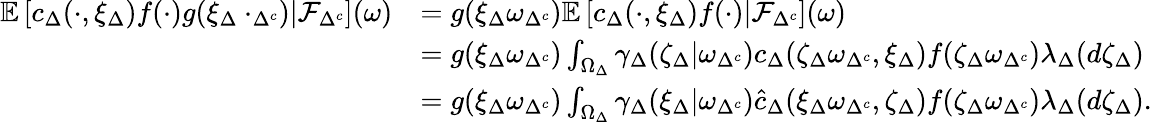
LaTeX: \begin{array}{rl}{\mathbb{E}\left[c_{\Delta}(\cdot,\xi_{\Delta})f(\cdot)g(\xi_{\Delta}\cdot_{\Delta^{c}})\lvert\mathcal{F}_{\Delta^{c}}\right](\omega)}&{=g(\xi_{\Delta}\omega_{\Delta^{c}})\mathbb{E}\left[c_{\Delta}(\cdot,\xi_{\Delta})f(\cdot)\lvert\mathcal{F}_{\Delta^{c}}\right](\omega)}\\ {\ }&{=g(\xi_{\Delta}\omega_{\Delta^{c}})\int_{\Omega_{\Delta}}\gamma_{\Delta}(\zeta_{\Delta}|\omega_{\Delta^{c}})c_{\Delta}(\zeta_{\Delta}\omega_{\Delta^{c}},\xi_{\Delta})f(\zeta_{\Delta}\omega_{\Delta^{c}})\lambda_{\Delta}(d\zeta_{\Delta})}\\ {\ }&{=g(\xi_{\Delta}\omega_{\Delta^{c}})\int_{\Omega_{\Delta}}\gamma_{\Delta}(\xi_{\Delta}|\omega_{\Delta^{c}})\hat{c}_{\Delta}(\xi_{\Delta}\omega_{\Delta^{c}},\zeta_{\Delta})f(\zeta_{\Delta}\omega_{\Delta^{c}})\lambda_{\Delta}(d\zeta_{\Delta}).}\end{array}